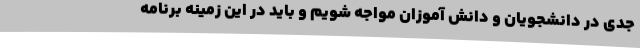
جدی در دانشجویان و دانش آموزان مواجه شویم و باید در این زمینه برنامه